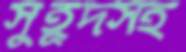
সুহূদসহ